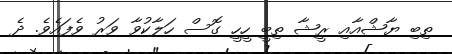
ތިބި ޔާޝްއާއި ރީޝާ ތިބީ ހީހީ ގޮސް ހަލާކުވާ ވަރު ވެފައެވެ. ދެ